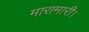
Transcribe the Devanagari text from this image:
मारामारी।